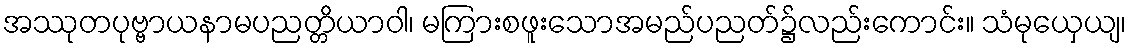
အဿုတပုဗ္ဗာယနာမပညတ္တိယာဝါ၊ မကြားစဖူးသောအမည်ပညတ်၌လည်းကောင်း။ သံမုယှေယျ၊